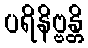
ပရိနိဗ္ဗန္တိ